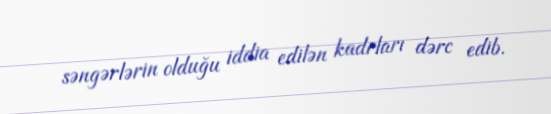
səngərlərin olduğu iddia edilən kadrları dərc edib.